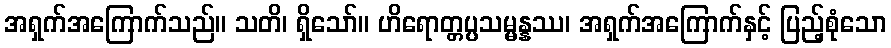
အရှက်အကြောက်သည်။ သတိ၊ ရှိသော်။ ဟိရောတ္တပ္ပသမ္မန္နဿ၊ အရှက်အကြောက်နှင့် ပြည့်စုံသော